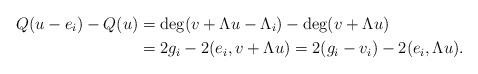
\begin{align*}Q(u-e_i)-Q(u)&=\deg(v+\Lambda u-\Lambda_i)-\deg(v+\Lambda u)\\&=2g_i-2(e_i,v+\Lambda u)=2(g_i-v_i)-2(e_i,\Lambda u).\end{align*}